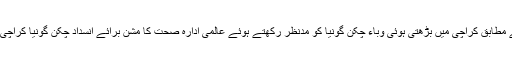
تفصیلات کے مطابق کراچی میں بڑھتی ہوئی وباء چکن گونیا کو مدنظر رکھتے ہوئے عالمی ادارہ صحت کا مشن برائے انسداد چکن گونیا کراچی پہنچ گیا ہے۔